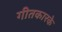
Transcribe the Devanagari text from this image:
गीतकारके